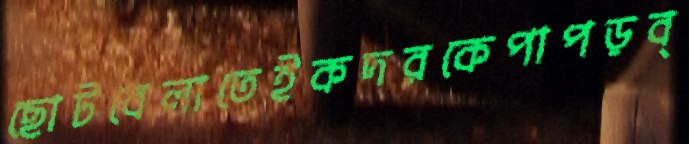
ছোটবেলাতেইকদরকেপাপড়ব্